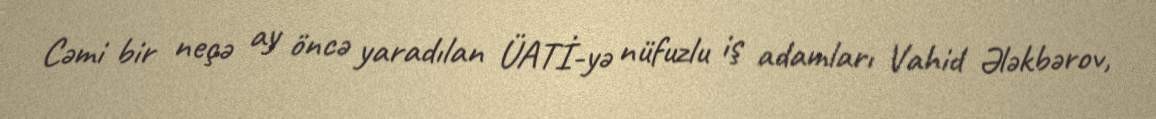
Cəmi bir neçə ay öncə yaradılan ÜATİ-yə nüfuzlu iş adamları Vahid Ələkbərov,